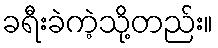
ခရီးခဲကဲ့သို့တည်း။